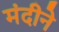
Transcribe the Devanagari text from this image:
मंदीने